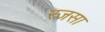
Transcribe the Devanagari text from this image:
रजसा